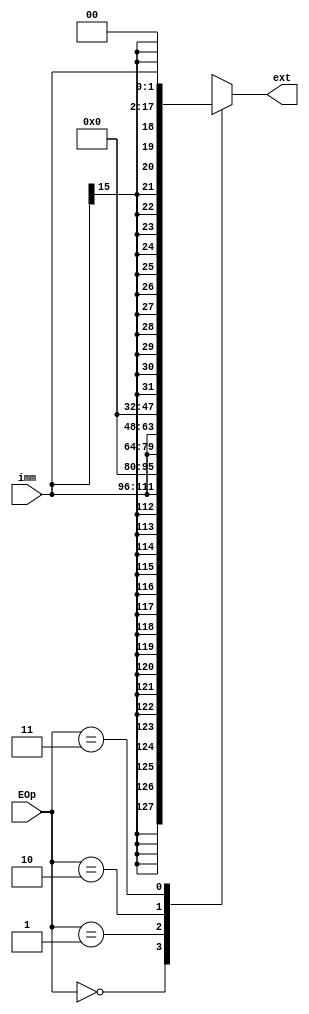
`timescale 1ns / 1ps
//////////////////////////////////////////////////////////////////////////////////
// Company: 
// Engineer: 
// 
// Design Name: 
// Module Name:    ext 
// Project Name: 
// Target Devices: 
// Tool versions: 
// Description: 
//
// Dependencies: 
//
// Revision: 
// Revision 0.01 - File Created
// Additional Comments: 
//
//////////////////////////////////////////////////////////////////////////////////
module ext(
    input [15:0] imm,
    input [1:0] EOp,
    output reg [31:0] ext
    );
	always@(*) begin
		case(EOp)
			2'b00: ext = {{16{imm[15]}}, imm};
			2'b01: ext = {16'b0, imm};
			2'b10: ext = {imm, 16'b0};
			2'b11: ext = {{14{imm[15]}}, imm, 2'b00};
		endcase
	end

endmodule